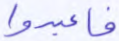
فاعبدوا